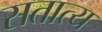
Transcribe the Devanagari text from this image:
सतात्य